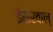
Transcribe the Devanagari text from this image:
ईसरवाल्